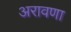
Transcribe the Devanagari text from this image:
अरावणा